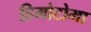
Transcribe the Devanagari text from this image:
हिमोटोमा